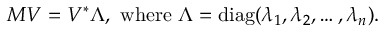
M V = V ^ { * } \Lambda , \mathrm { \ w h e r e \ } \Lambda = \mathrm { d i a g } ( \lambda _ { 1 } , \lambda _ { 2 } , \dots , \lambda _ { n } ) .